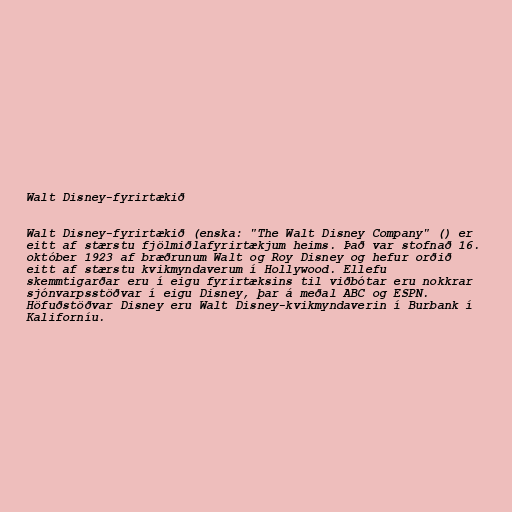
Walt Disney-fyrirtækið

Walt Disney-fyrirtækið (enska: "The Walt Disney Company" () er
eitt af stærstu fjölmiðlafyrirtækjum heims. Það var stofnað 16.
október 1923 af bræðrunum Walt og Roy Disney og hefur orðið
eitt af stærstu kvikmyndaverum í Hollywood. Ellefu
skemmtigarðar eru í eigu fyrirtæksins til viðbótar eru nokkrar
sjónvarpsstöðvar í eigu Disney, þar á meðal ABC og ESPN.
Höfuðstöðvar Disney eru Walt Disney-kvikmyndaverin í Burbank í
Kaliforníu.